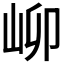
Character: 𪨫